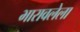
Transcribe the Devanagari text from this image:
भारावलेला